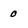
Character: 0